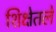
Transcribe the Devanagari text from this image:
शिक्षेतले